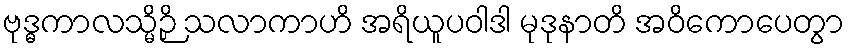
ဗုဒ္ဓကာလသ္မိဉှိ သလာကာဟိ အရိယူပဝါဒါ မုဒုနာတိ အဝိကောပေတွာ